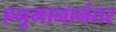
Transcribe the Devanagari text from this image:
हनुमानानंतर